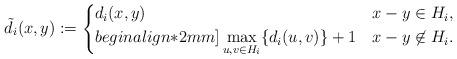
LaTeX: \begin{align*} \tilde d_i (x,y) := \begin{cases} d_i(x,y) & x-y \in H_i, \\begin{align*}2mm] \max\limits_{u,v \in H_i} \{ d_i(u,v) \} +1 & x-y \not\in H_i. \end{cases}\end{align*}